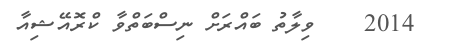
2014    ވިލާތު ބައްރަށް ނިސްބަތްވާ ކްރޮއޭޝިއާ